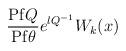
LaTeX: \begin{align*}\frac{{\rm Pf} Q}{{\rm Pf} \theta} e^{\l Q^{-1}} W_k(x)\end{align*}